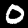
Digit: 0